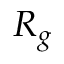
R _ { g }